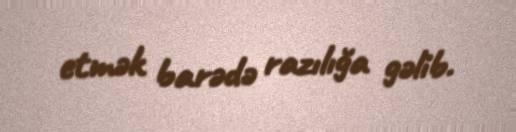
etmək barədə razılığa gəlib.